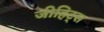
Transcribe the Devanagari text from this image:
जीहिट्स